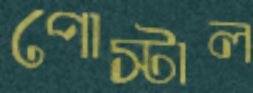
পোস্টাল